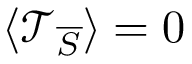
\langle \mathcal { T } _ { \overline { { S } } } \rangle = 0